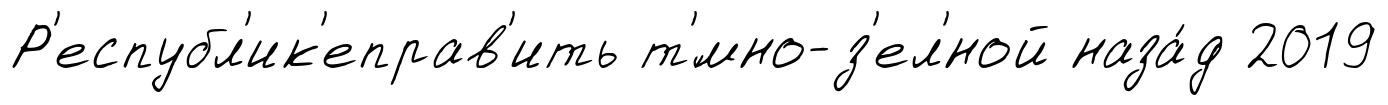
Р'еспубл'ик'еправ'ить т'́мно-з'ел'́ной наза́д 2019